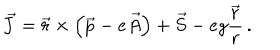
\vec { J } = \vec { r } \times \left( \vec { p } - e \vec { A } \right) + \vec { S } - e g \frac { \vec { r } } { r } \, .